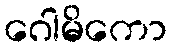
ဂေါမိကော